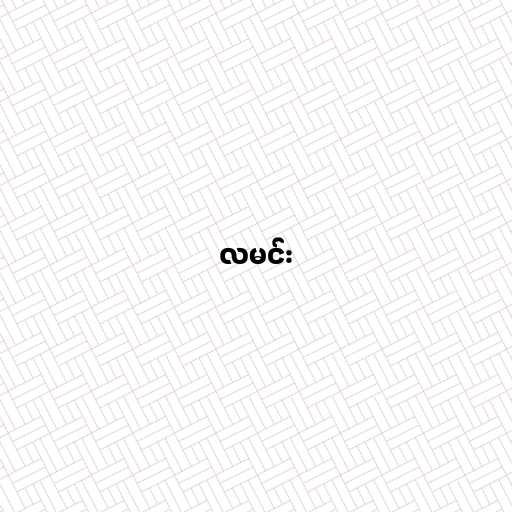
လမင်း